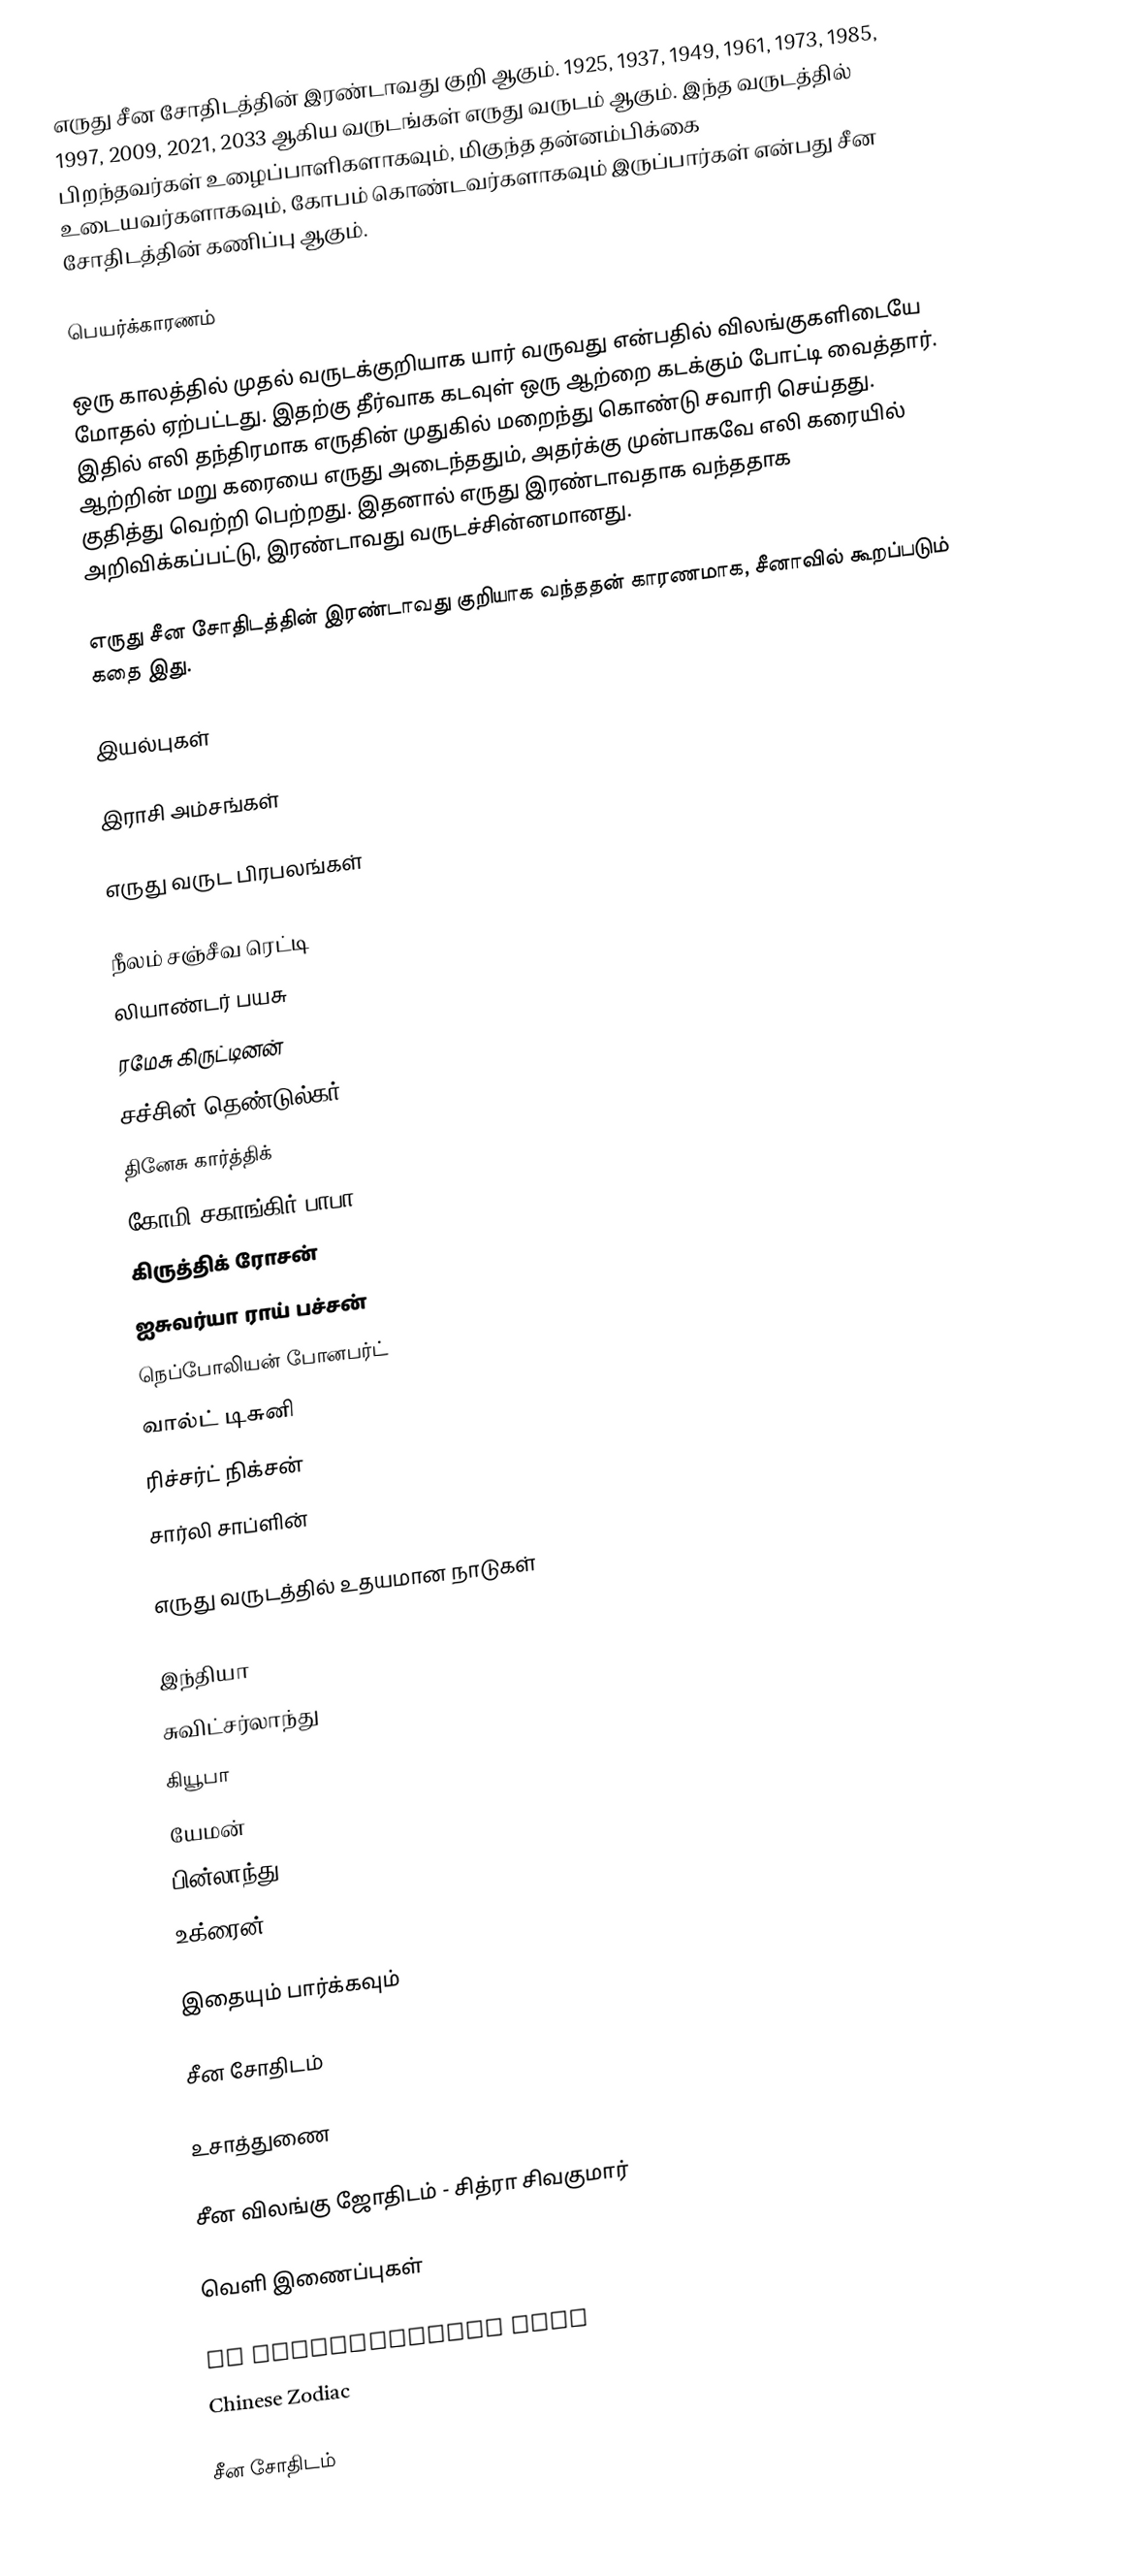
எருது சீன சோதிடத்தின் இரண்டாவது குறி ஆகும். 1925, 1937, 1949, 1961, 1973, 1985, 1997, 2009, 2021, 2033 ஆகிய வருடங்கள் எருது வருடம் ஆகும். இந்த வருடத்தில் பிறந்தவர்கள் உழைப்பாளிகளாகவும், மிகுந்த தன்னம்பிக்கை உடையவர்களாகவும், கோபம் கொண்டவர்களாகவும் இருப்பார்கள் என்பது சீன சோதிடத்தின் கணிப்பு ஆகும்.

பெயர்க்காரணம்

ஒரு காலத்தில் முதல் வருடக்குறியாக யார் வருவது என்பதில் விலங்குகளிடையே மோதல் ஏற்பட்டது. இதற்கு தீர்வாக கடவுள் ஒரு ஆற்றை கடக்கும் போட்டி வைத்தார். இதில் எலி தந்திரமாக எருதின் முதுகில் மறைந்து கொண்டு சவாரி செய்தது. ஆற்றின் மறு கரையை எருது அடைந்ததும், அதர்க்கு முன்பாகவே எலி கரையில் குதித்து வெற்றி பெற்றது. இதனால் எருது இரண்டாவதாக வந்ததாக அறிவிக்கப்பட்டு, இரண்டாவது வருடச்சின்னமானது.

எருது சீன சோதிடத்தின் இரண்டாவது குறியாக வந்ததன் காரணமாக, சீனாவில் கூறப்படும் கதை இது.

இயல்புகள்

இராசி அம்சங்கள்

எருது வருட பிரபலங்கள்

 நீலம் சஞ்சீவ ரெட்டி
 லியாண்டர் பயசு
 ரமேசு கிருட்டினன்
 சச்சின் தெண்டுல்கர்
 தினேசு கார்த்திக்
 கோமி சகாங்கிர் பாபா
 கிருத்திக் ரோசன்
 ஐசுவர்யா ராய் பச்சன்
 நெப்போலியன் போனபர்ட்
 வால்ட் டிசுனி
 ரிச்சர்ட் நிக்சன்
 சார்லி சாப்ளின்

எருது வருடத்தில் உதயமான நாடுகள்

 இந்தியா
 சுவிட்சர்லாந்து
 கியூபா
 யேமன்
 பின்லாந்து
 உக்ரைன்

இதையும் பார்க்கவும்

 சீன சோதிடம்

உசாத்துணை

 சீன விலங்கு ஜோதிடம் - சித்ரா சிவகுமார்

வெளி இணைப்புகள்

 Ox compatibility page
 Chinese Zodiac

சீன சோதிடம்